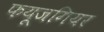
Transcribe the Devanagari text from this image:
फयूजगियर